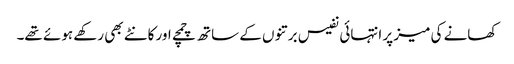
کھانے کی میز پر انتہائی نفیس برتنوں کے ساتھ چمچے اور کانٹے بھی رکھے ہوئے تھے۔